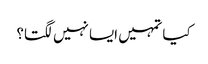
کیا تمہیں ایسا نہیں لگتا؟